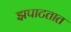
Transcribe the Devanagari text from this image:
झपाटतात